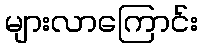
များလာကြောင်း